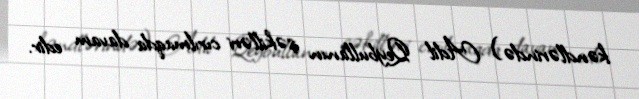
kəndlərində) Adil Qeybullanın şəkilləri cırılmaqda davam edir.